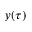
y ( \tau )